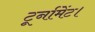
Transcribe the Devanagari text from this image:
टूर्नामेंट।